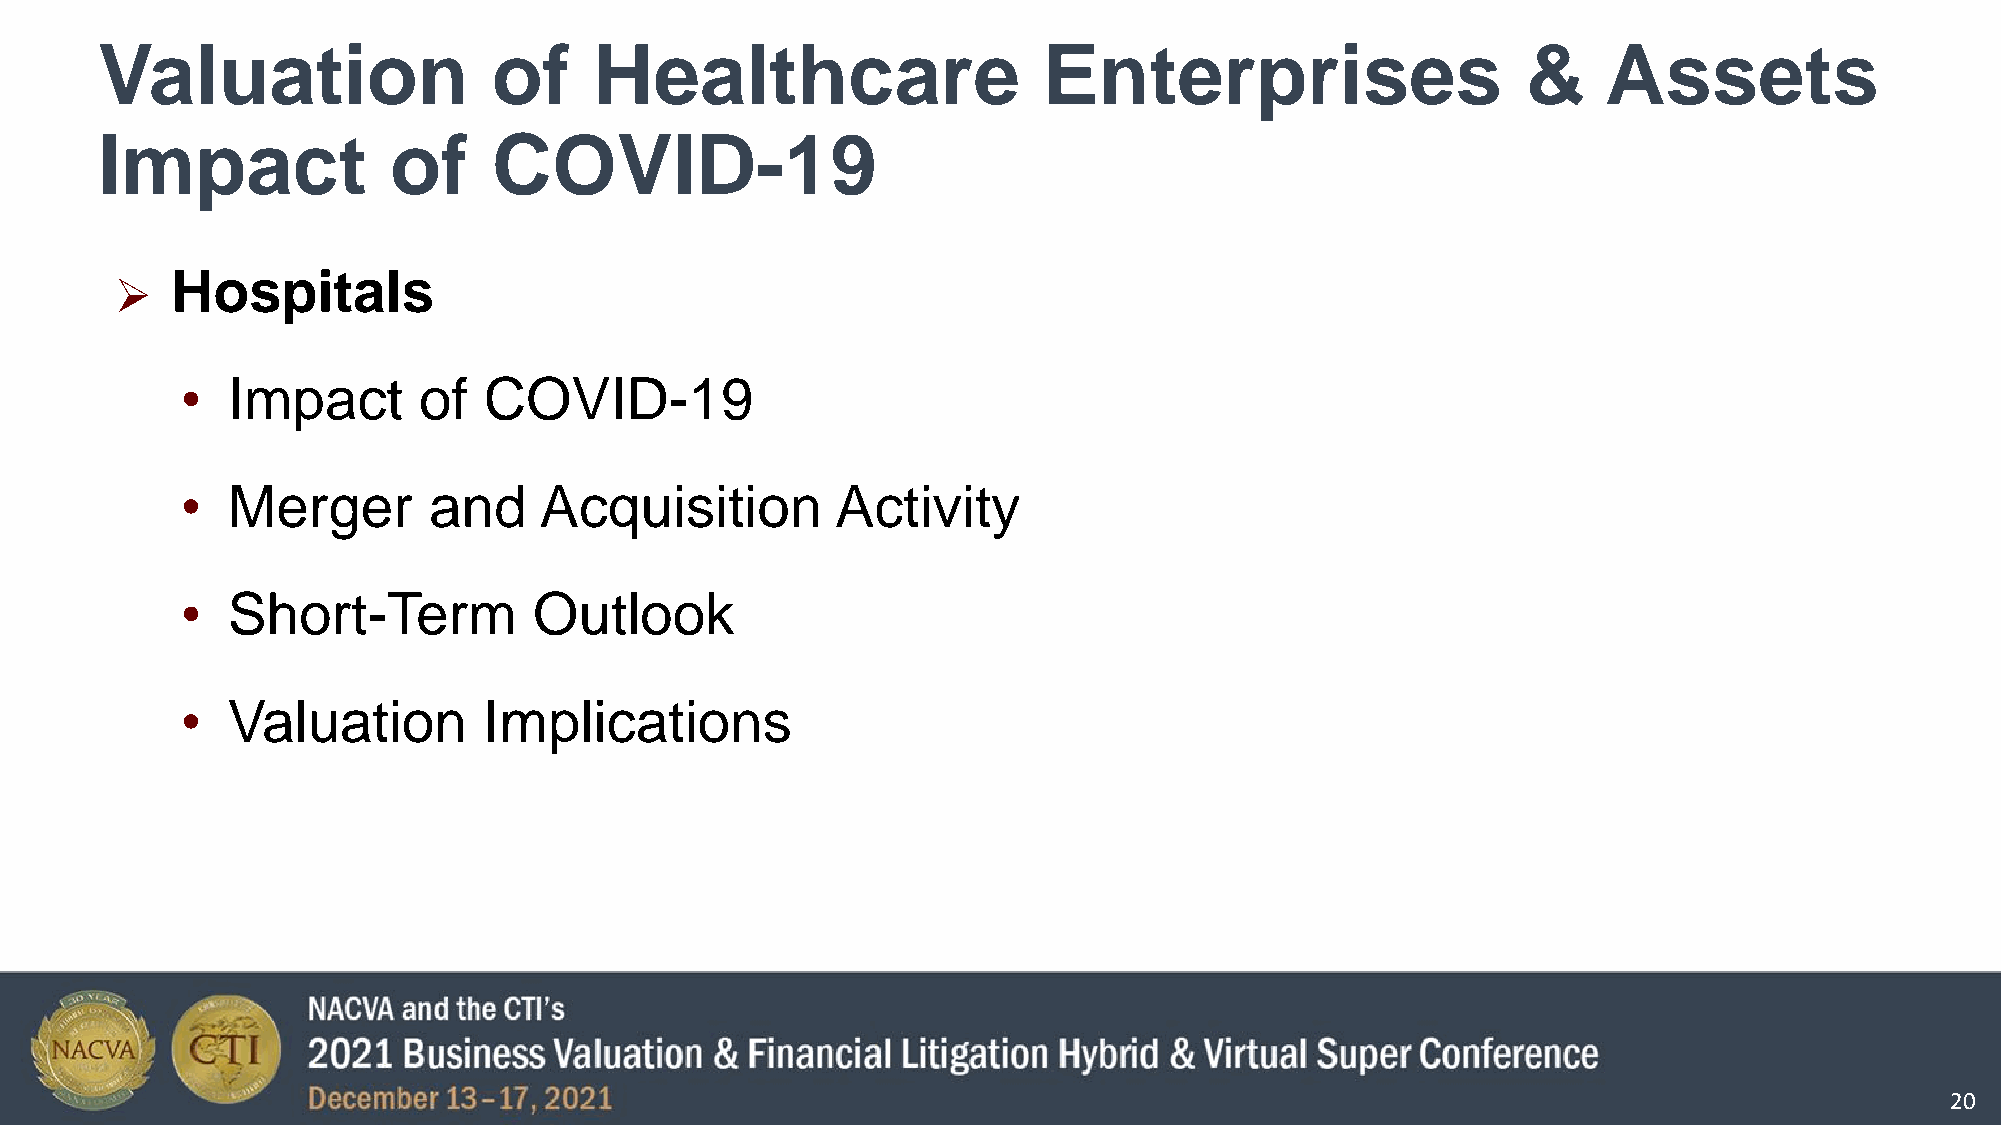
Valuation                  of    Healthcare                    Enterprises                     &    Assets
 Impact              of     COVID-19
 Hospitals
 
 •  Impact       of  COVID-19
 •  Merger       and     Acquisition        Activity
 •  Short-Term          Outlook
 •  Valuation        Implications
 20